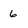
Character: 6